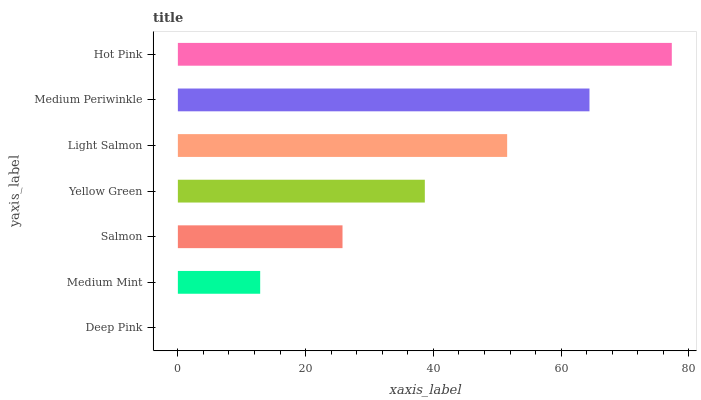
| yaxis_label | bars |
 | --- | --- |
 | Deep Pink | 0 |
 | Medium Mint | 12.9 |
 | Salmon | 25.8 |
 | Yellow Green | 38.7 |
 | Light Salmon | 51.5 |
 | Medium Periwinkle | 64.4 |
 | Hot Pink | 77.3 |